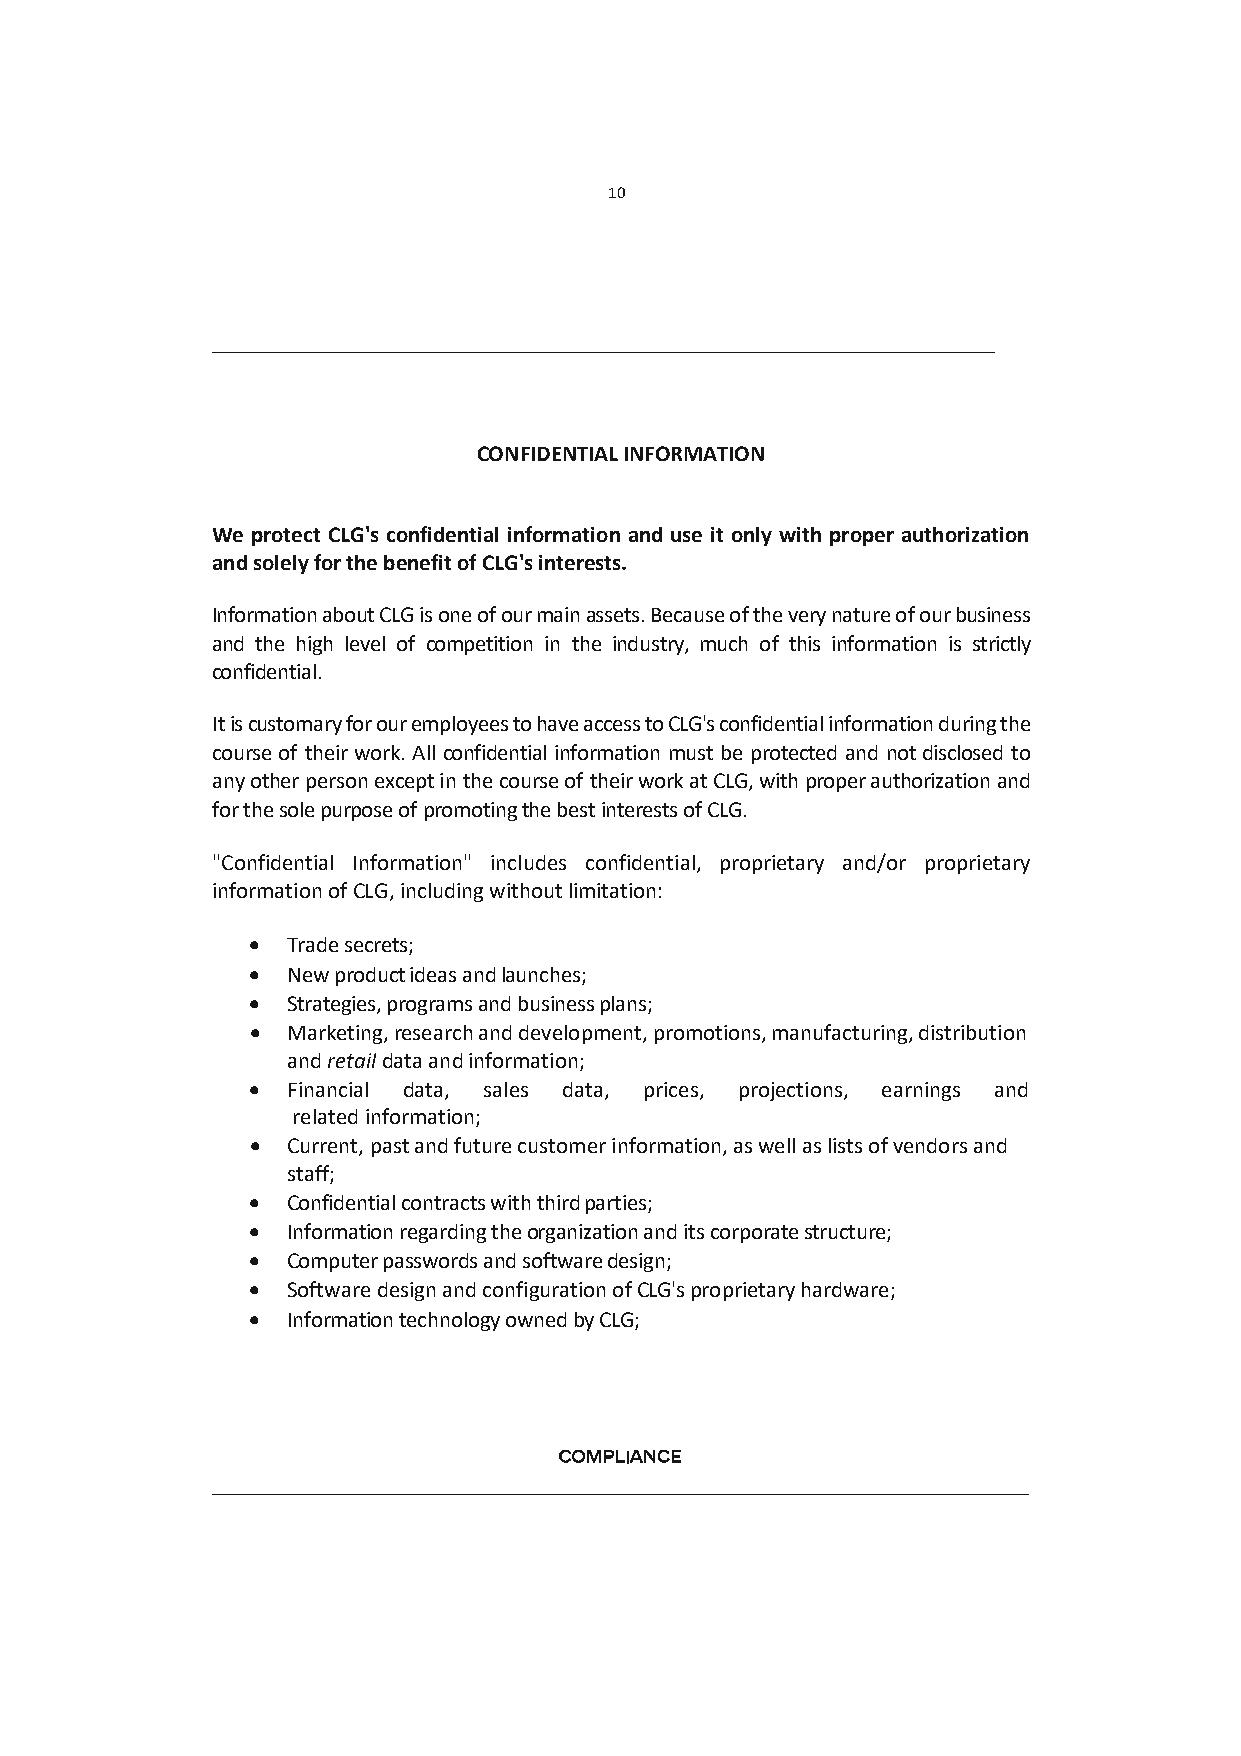
10
 CONFIDENTIAL INFORMATION
 We protect CLG's confidential information and use it only with proper authorization
 and solely for the benefit of CLG's interests.
 Information about CLG is one of our main assets. Because of the very nature of our business
 and the high level of competition in the industry, much of this information is strictly
 confidential.
 It is customary for our employees to have access to CLG's confidential information during the
 course of their work. All confidential information must be protected and not disclosed to
 any other person except in the course of their work at CLG, with proper authorization and
 for the sole purpose of promoting the best interests of CLG.
 "Confidential Information" includes confidential, proprietary and/or proprietary
 information of CLG, including without limitation:
  Trade secrets;
  New product ideas and launches;
  Strategies, programs and business plans;
  Marketing, research and development, promotions, manufacturing, distribution
 and retail data and information;
  Financial data, sales data, prices, projections, earnings and
 related information;
  Current, past and future customer information, as well as lists of vendors and
 staff;
  Confidential contracts with third parties;
  Information regarding the organization and its corporate structure;
  Computer passwords and software design;
  Software design and configuration of CLG's proprietary hardware;
  Information technology owned by CLG;